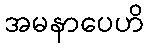
အမနာပေဟိ